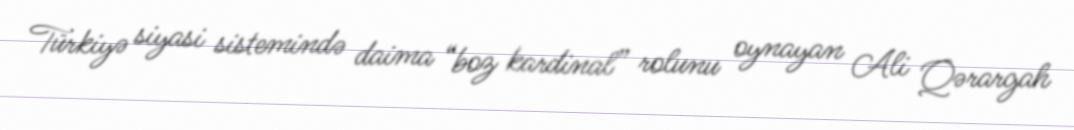
Türkiyə siyasi sistemində daima “boz kardinal” rolunu oynayan Ali Qərargah